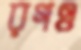
রগও